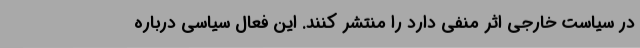
در سیاست خارجی اثر منفی دارد را منتشر کنند. این فعال سیاسی درباره